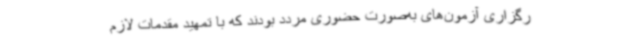
رگزاری آزمون‌های به‌صورت حضوری مردد بودند که با تمهید مقدمات لازم